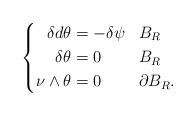
LaTeX: \begin{align*}\left\lbrace \begin{aligned}\delta d\theta &= - \delta \psi && B_{R}\\\delta \theta &= 0 && B_{R}\\ \nu\wedge\theta &= 0 && \partial B_{R}. \end{aligned}\right. \end{align*}